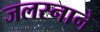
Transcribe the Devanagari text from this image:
जलस्नाने